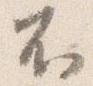
不